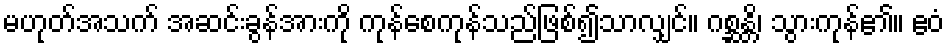
မဟုတ်အသက် အဆင်းခွန်အားကို ကုန်စေကုန်သည်ဖြစ်၍သာလျှင်။ ဂစ္ဆန္တိ၊ သွားကုန်၏။ ဧဝံ